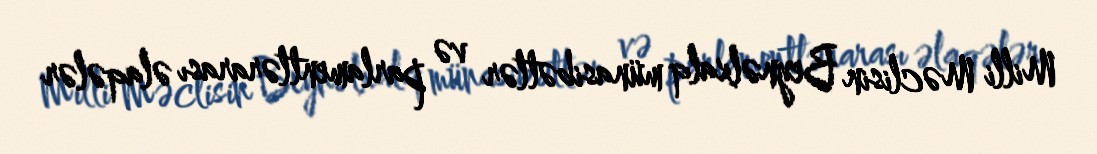
Milli Məclisin Beynəlxalq münasibətlər və parlamentlərarası əlaqələr